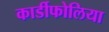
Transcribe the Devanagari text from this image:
कार्डीफोलिया